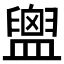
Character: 𪾙